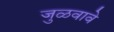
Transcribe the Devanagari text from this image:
जुळवावे